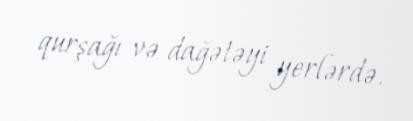
qurşağı və dağətəyi yerlərdə.